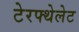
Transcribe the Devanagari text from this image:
टेरफ्थेलेट